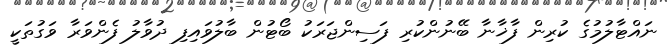
ނައްޓާލުމުގެ ކުރިން ފާޚާނާ ބޭނުންކުރި ފަސިންޖަރަކު ބޯޓުން ބާލުވައިފި ދުވާލު ފެންވަރާ ވަގުތަކީ